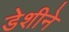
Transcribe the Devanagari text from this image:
डेशीने